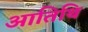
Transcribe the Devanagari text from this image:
आतिथि